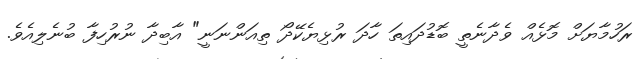
ރަހުމާޔަށް މޮޅެއް ވެދާނެތީ ބޮޑުދައިތަ ހާދަ ރުޅިޔެކޭދޯ ތިއަންނަނީ" އާބިދާ ނުރުހިފާ ބުނެލިއެވެ.